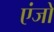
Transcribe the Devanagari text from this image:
एंजो